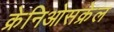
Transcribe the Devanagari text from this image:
क्रेनिओसक्रेल